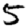
Digit: 5